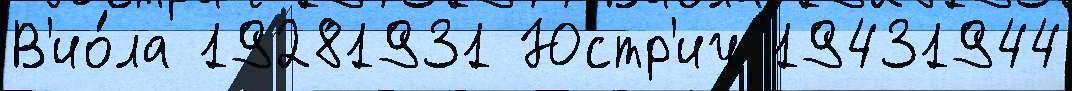
В'ио́ла 19281931 Юстр'ич 19431944